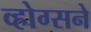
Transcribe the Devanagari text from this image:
व्होग्सने